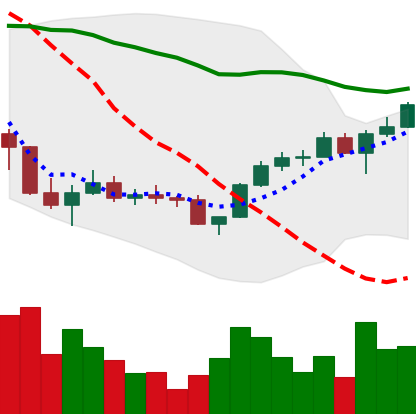
Ticker: LINK-USD
Chart end date: 2022-11-30
Forward return: -5.266%
Label: down_5_7